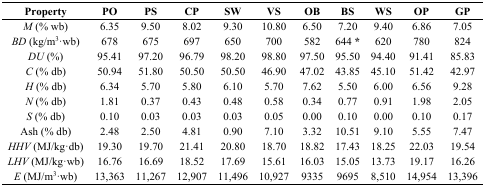
<table><thead><tr><td><b>Property</b></td><td><b>PO</b></td><td><b>PS</b></td><td><b>CP</b></td><td><b>SW</b></td><td><b>VS</b></td><td><b>OB</b></td><td><b>BS</b></td><td><b>WS</b></td><td><b>OP</b></td><td><b>GP</b></td></tr></thead><tbody><tr><td><i>M</i> (% wb)</td><td>6.35</td><td>9.50</td><td>8.02</td><td>9.30</td><td>10.80</td><td>6.50</td><td>7.20</td><td>9.40</td><td>6.86</td><td>7.05</td></tr><tr><td><i>BD</i> (kg/m<sup>3</sup>·wb)</td><td>678</td><td>675</td><td>697</td><td>650</td><td>700</td><td>582</td><td>644 *</td><td>620</td><td>780</td><td>824</td></tr><tr><td><i>DU</i> (%)</td><td>95.41</td><td>97.20</td><td>96.79</td><td>98.20</td><td>98.80</td><td>97.50</td><td>95.50</td><td>94.40</td><td>91.41</td><td>85.83</td></tr><tr><td><i>C</i> (% db)</td><td>50.94</td><td>51.80</td><td>50.50</td><td>50.50</td><td>46.90</td><td>47.02</td><td>43.85</td><td>45.10</td><td>51.42</td><td>42.97</td></tr><tr><td><i>H</i> (% db)</td><td>6.34</td><td>5.70</td><td>5.80</td><td>6.10</td><td>5.70</td><td>7.62</td><td>5.50</td><td>6.00</td><td>6.56</td><td>9.28</td></tr><tr><td><i>N</i> (% db)</td><td>1.81</td><td>0.37</td><td>0.43</td><td>0.48</td><td>0.58</td><td>0.34</td><td>0.77</td><td>0.91</td><td>1.98</td><td>2.05</td></tr><tr><td><i>S</i> (% db)</td><td>0.10</td><td>0.03</td><td>0.03</td><td>0.03</td><td>0.05</td><td>0.00</td><td>0.10</td><td>0.00</td><td>0.10</td><td>0.17</td></tr><tr><td>Ash (% db)</td><td>2.48</td><td>2.50</td><td>4.81</td><td>0.90</td><td>7.10</td><td>3.32</td><td>10.51</td><td>9.10</td><td>5.55</td><td>7.47</td></tr><tr><td><i>HHV</i> (MJ/kg·db)</td><td>19.30</td><td>19.70</td><td>21.41</td><td>20.80</td><td>18.70</td><td>18.82</td><td>17.43</td><td>18.25</td><td>22.03</td><td>19.54</td></tr><tr><td><i>LHV</i> (MJ/kg·wb)</td><td>16.76</td><td>16.69</td><td>18.52</td><td>17.69</td><td>15.61</td><td>16.03</td><td>15.05</td><td>13.73</td><td>19.17</td><td>16.26</td></tr><tr><td><i>E</i> (MJ/m<sup>3</sup>·wb)</td><td>13,363</td><td>11,267</td><td>12,907</td><td>11,496</td><td>10,927</td><td>9335</td><td>9695</td><td>8,510</td><td>14,954</td><td>13,396</td></tr></tbody></table>